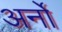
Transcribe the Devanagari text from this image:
अर्नो